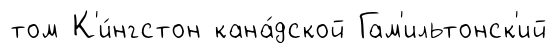
том К'и́нгстон кана́дской Гам'ильтонск'ий